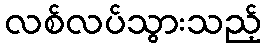
လစ်လပ်သွားသည့်